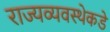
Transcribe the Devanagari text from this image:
राज्यव्यवस्थेकडे